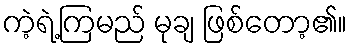
ကဲ့ရဲ့ကြမည် မုချ ဖြစ်တော့၏။